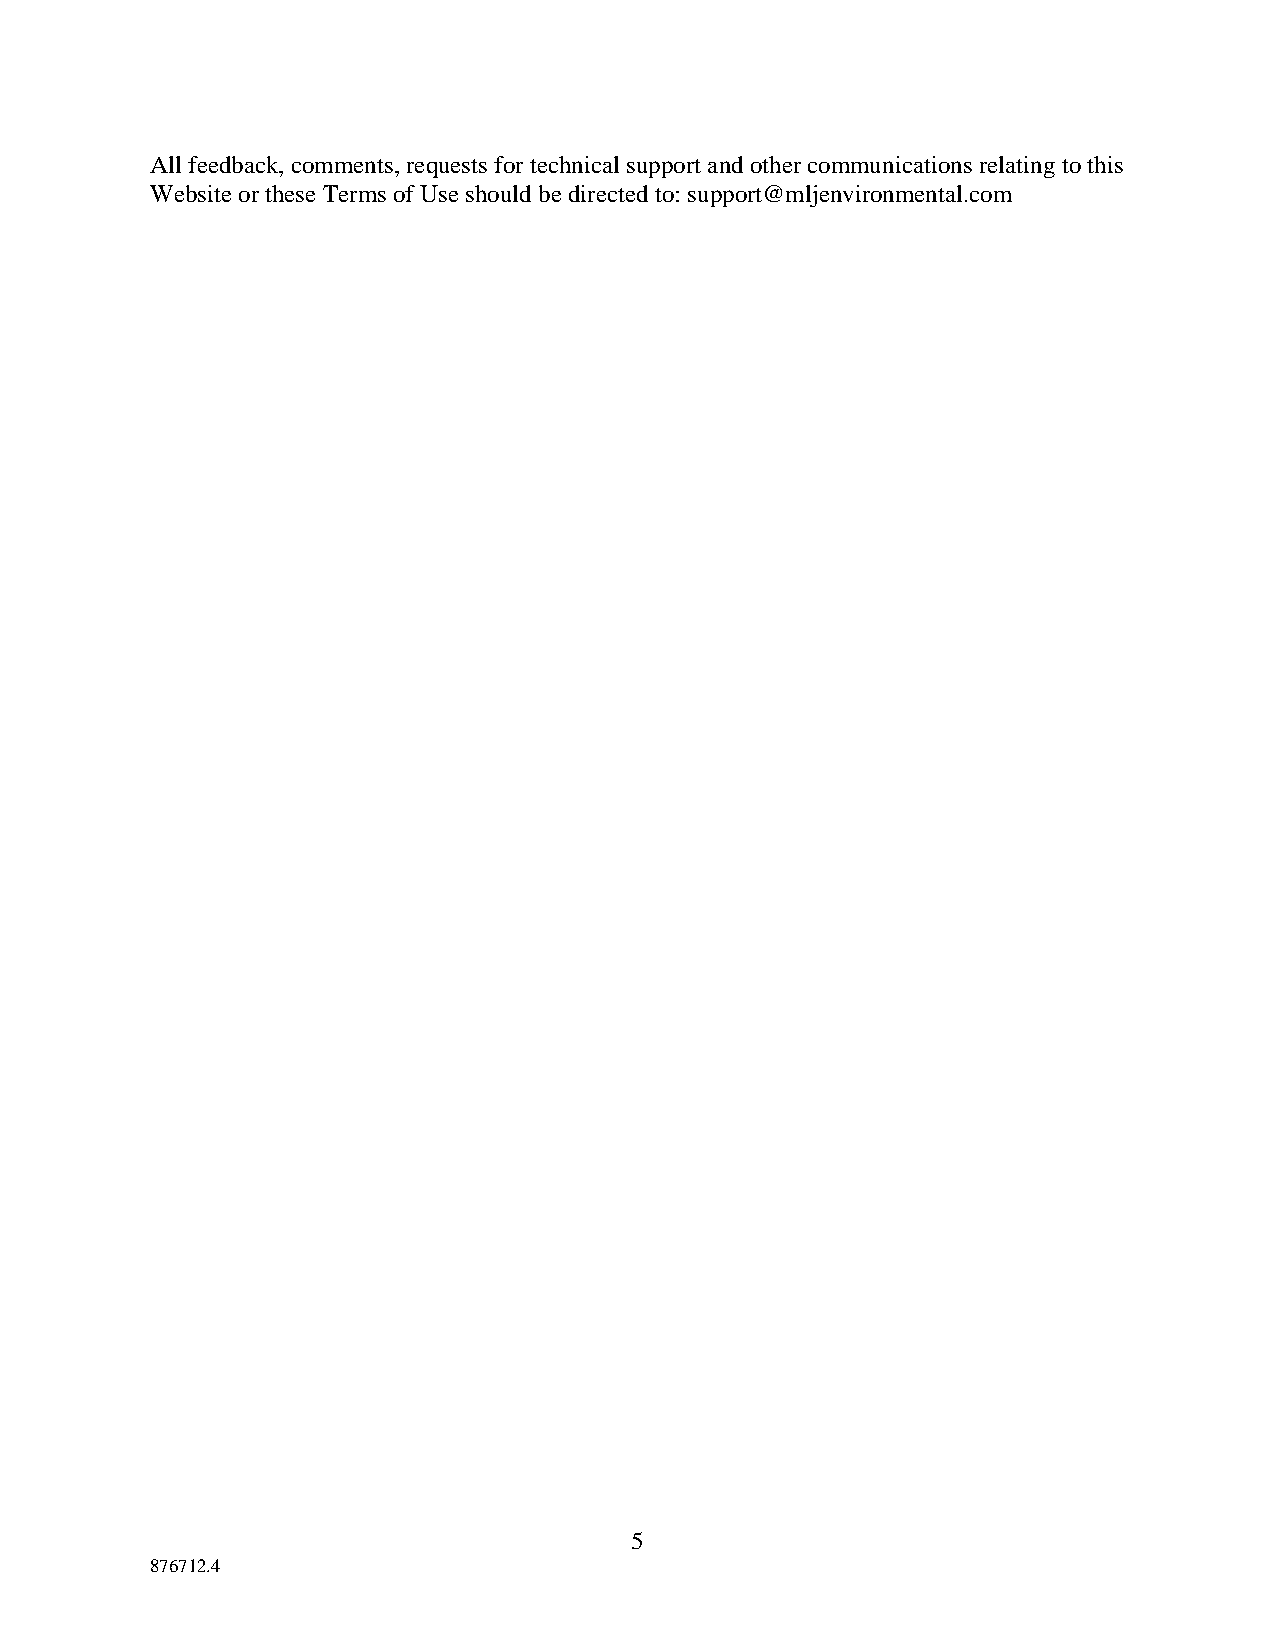
All feedback, comments, requests for technical support and other communications relating to this
 Website or these Terms of Use should be directed to: support@mljenvironmental.com
 5
 876712.4